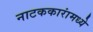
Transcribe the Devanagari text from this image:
नाटककारांमध्ये